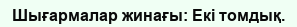
Шығармалар жинағы: Екі томдық.